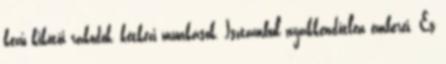
kezű kikötői rakodók, kétkezi munkások, Isztambul nyakkendőtlen emberei. És